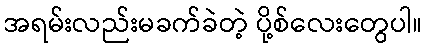
အရမ်းလည်းမခက်ခဲတဲ့ ပို့စ်လေးတွေပါ။